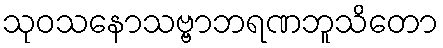
သုဝသနောသဗ္ဗာဘရဏဘူသိတော